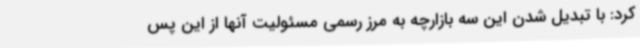
کرد: با تبدیل شدن این سه بازارچه به مرز رسمی مسئولیت آنها از این پس